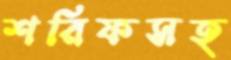
শরিফসহ